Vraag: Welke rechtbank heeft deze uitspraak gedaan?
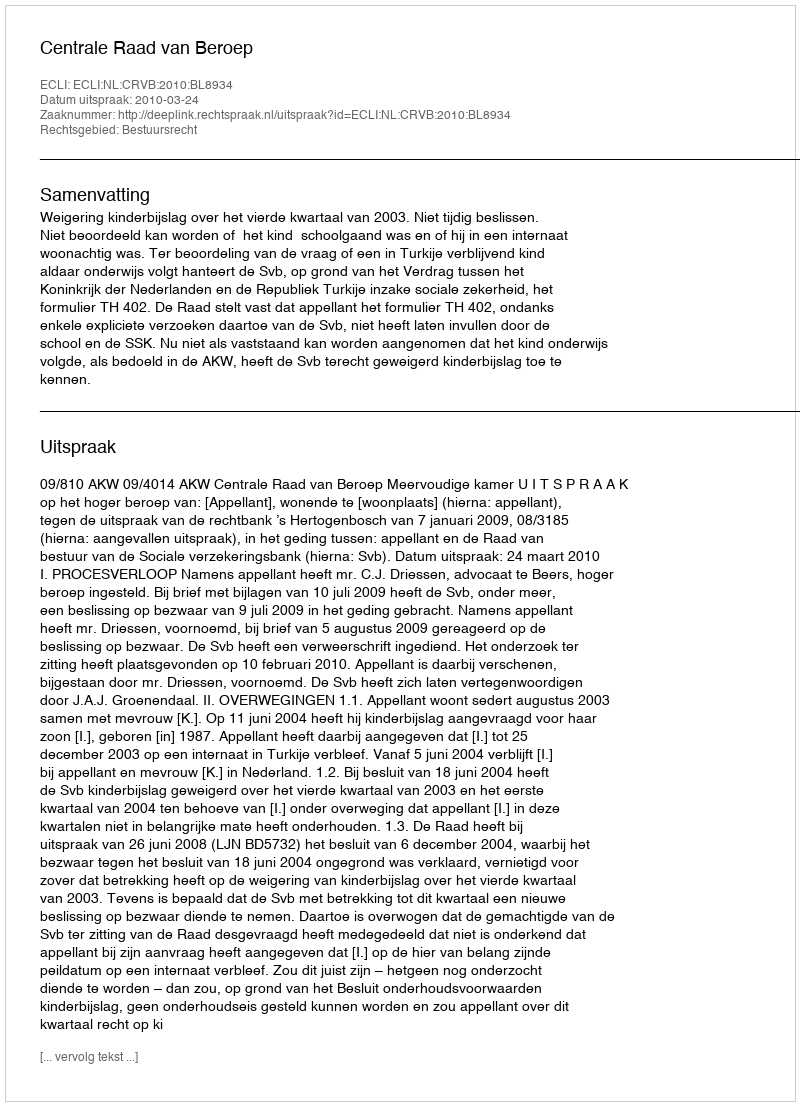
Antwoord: Centrale Raad van Beroep